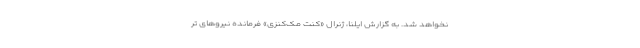
نخواهد شد. به گزارش ایلنا، ژنرال «کنت مک‌کنزی» فرمانده نیروهای تر